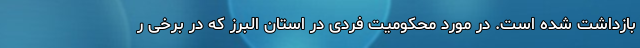
بازداشت شده است. در مورد محکومیت فردی در استان البرز که در برخی ر